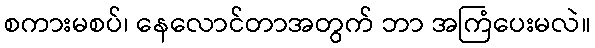
စကားမစပ်၊ နေလောင်တာအတွက် ဘာ အကြံပေးမလဲ။